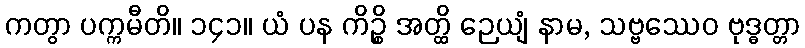
ကတွာ ပက္ကမီတိ။ ၁၄၁။ ယံ ပန ကိဉ္စိ အတ္ထိ ဉေယျံ နာမ, သဗ္ဗဿေဝ ဗုဒ္ဓတ္တာ